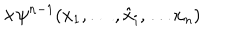
\times \psi ^ { n - 1 } ( x _ { 1 } , \ldots , \hat { x } _ { i } , \ldots x _ { n } )